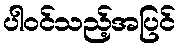
ပါဝင်သည့်အပြင်